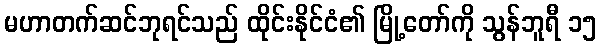
မဟာတက်ဆင်ဘုရင်သည် ထိုင်းနိုင်ငံ၏ မြို့တော်ကို သွန်ဘူရီ ၁၅